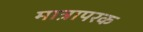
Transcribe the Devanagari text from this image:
मात्रापरक